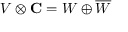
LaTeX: V \otimes \mathbf { C } = W \oplus { \overline { { W } } }